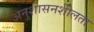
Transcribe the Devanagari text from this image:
अनुशासनशीलता